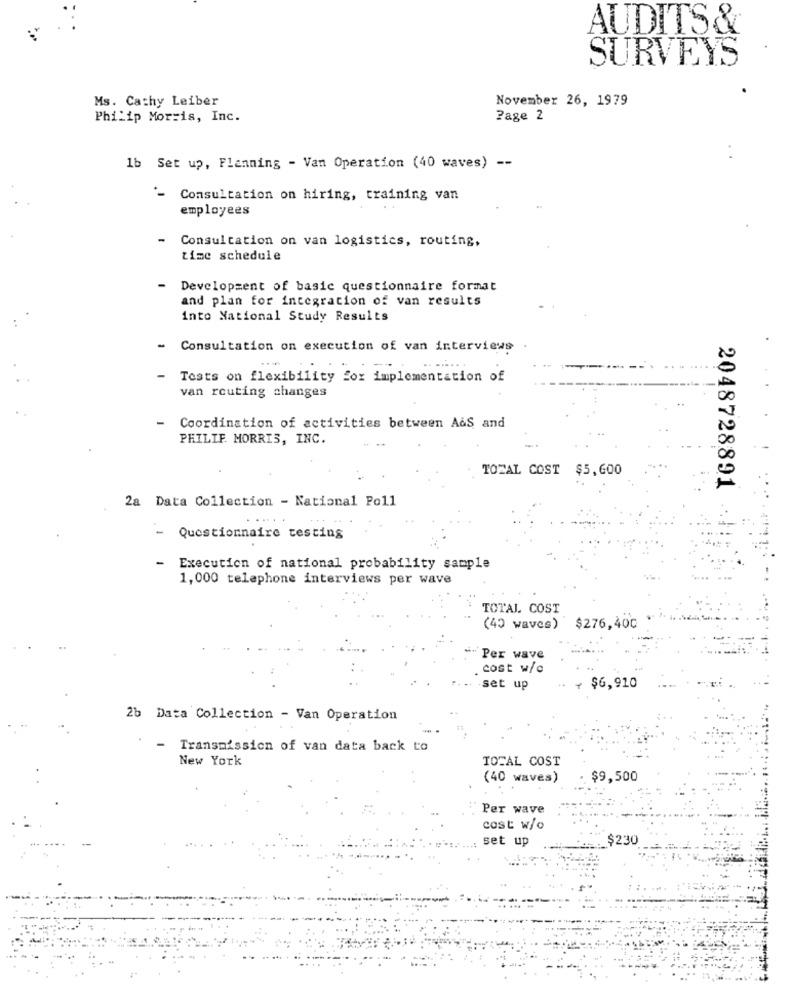
AUDITS&
SURVEYS
Ms. Cathy Leiber
November 26, 1979
Philip Morris, Inc.
Page 2
1b Set up, Planning - Van Operation (40 waves) --
Consultation on hiring, training van
employees
-
Consultation on van logistics, routing,
time schedule
Development of basic questionnaire format
and plan for integration of van results
into National Study Results
Consultation on execution of van interviews
-
Tests on flexibility fox implementation of
van routing changes
-
Coordination of activities between A&S and
PHILIF. MORRIS, INC.
TOTAL COST $5,600
2048728891
2a Data Collection - National Poll
Questionnaire testing
- Execution of national probability sample
1,000 telephone interviews per wave
TOTAL COST
(40 waves) $276,400
Per wave
cost w/c
-set up
$6,910
2b Data Collection - Van Operation
-
Transmission of van data back to
New York
TOTAL COST
(40 waves)
$9,500
Per wave
cost w/o
set up
$230